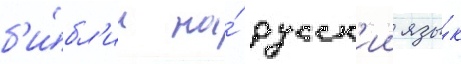
б'и́бл'ии на́ русск'ии язы́к